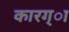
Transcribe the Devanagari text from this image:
कारग्ा